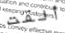
ألقت